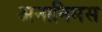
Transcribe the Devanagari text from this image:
अनानिमस